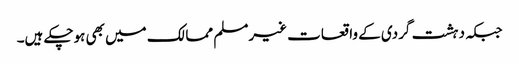
جبکہ دہشت گردی کے واقعات غیرمسلم ممالک میں بھی ہوچکے ہیں۔